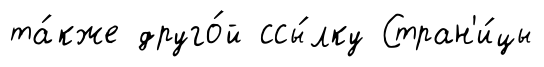
та́кже друго́й ссы́лку Стран'и́цы